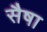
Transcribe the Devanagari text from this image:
सैषा